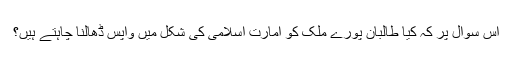
اس سوال پر کہ کیا طالبان پورے ملک کو امارت اسلامی کی شکل میں واپس ڈھالنا چاہتے ہیں؟